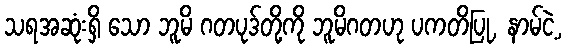
သရအဆုံးရှိ သော ဘူမိ ဂတပုဒ်တို့ကို ဘူမိဂတဟု ပကတိပြု, နာမ်ငဲ့,